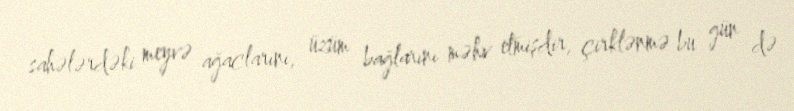
sahələrdəki meyvə ağaclarını, üzüm bağlarını məhv etmişdir, çirklənmə bu gün də